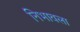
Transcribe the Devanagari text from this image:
निभावला